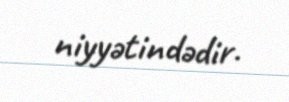
niyyətindədir.